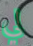
لي